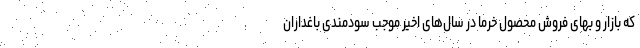
که بازار و بهای فروش محصول خرما در سال‌های اخیر موجب سودمندی باغداران